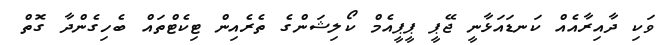
ވަކި ދާއިރާއެއް ކަނޑައަޅާނީ ޖޭޕީ ޕީޕީއެމް ކޯލިޝަންގެ ތެރެއިން ޓިކެޓްތައް ބެހިގެންދާ ގޮތް